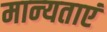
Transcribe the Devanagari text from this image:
मान्‍यताएं